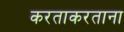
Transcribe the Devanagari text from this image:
करताकरताना